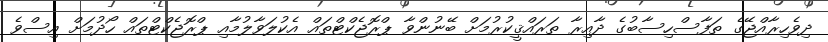
ދިވެހިރާއްޖޭގެ ތަފާސްހިސާބުގެ ދާއިރާ ތަރައްޤީކުރުމަށް ބޭނުންވާ ޕްރޮޖެކްޓްތައް އެކުލަވާލުމާއި ޕްރޮޖެކްޓްތައް ހޯދުމަށް އިސްވެ